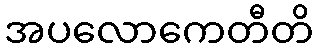
အပလောကေတီတိ